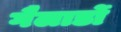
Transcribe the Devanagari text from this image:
गैलार्डो